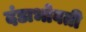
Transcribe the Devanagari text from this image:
दंडाभोवती